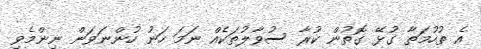
އެ ތުހުމަތާ ގުޅޭ ގޮތުން ކުރާ ސުވާލުތަކެއް ނަމަ ހަނު ހުންނަވަން ނިންމެވި